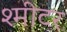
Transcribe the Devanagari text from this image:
श्मीटर